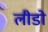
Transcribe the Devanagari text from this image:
लीडो